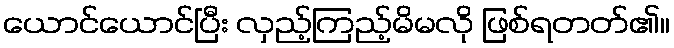
ယောင်ယောင်ပြီး လှည့်ကြည့်မိမလို ဖြစ်ရတတ်၏။